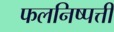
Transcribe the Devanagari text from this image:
फलनिष्पत्ती